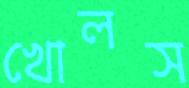
খোলস